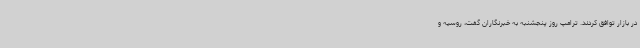
در بازار توافق کردند. ترامپ روز پنجشنبه به خبرنگاران گفت، روسیه و